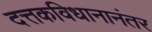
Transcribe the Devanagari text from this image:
दत्तकविधानानंतर